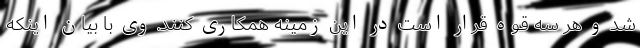
شد و هر سه قوه قرار است در این زمینه همکاری کنند. وی با بیان اینکه